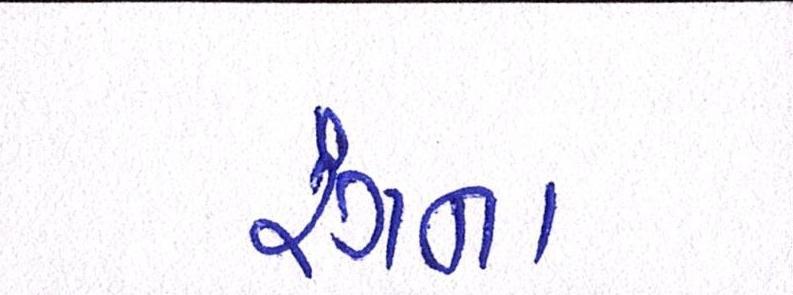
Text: રંગના